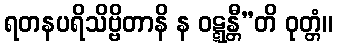
ရတနပရိသိဗ္ဗိတာနိ န ဝဋ္ဋန္တီ”တိ ဝုတ္တံ။